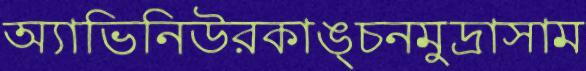
অ্যাভিনিউরকাঙ্চনমুদ্রাসাম